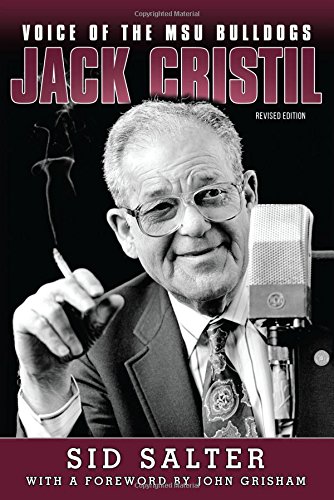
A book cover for Jack Cristil: Voice of the MSU Bulldogs, Revised Edition; Sid Salter; Humor & Entertainment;